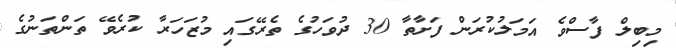
މިބިލް ފާސްވެ އަމަލުކުރަން ފަށާތާ 30 ދުވަހުގެ ތެރޭގައި މުޒަހަރާ ކުރެވޭ ތަންތަނުގެ